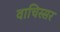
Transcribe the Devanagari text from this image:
वाचिस्सर